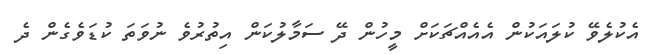
އެކުލެވޭ ކުލައަކުން އެއެއްޗަކަށް މީހުން ދޭ ސަމާލުކަން އިތުރުވެ ނުވަތަ ކުޑަވެގެން ދެ